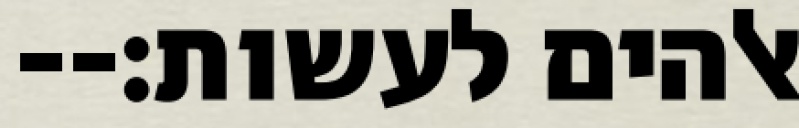
אלהים לעשות׃--